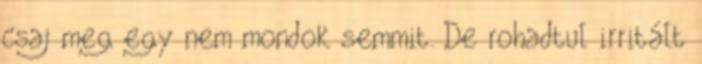
csaj meg egy nem mondok semmit. De rohadtul irritált